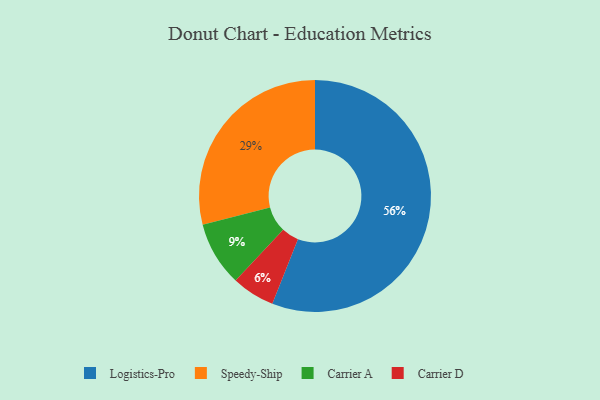
{"axis": {"x": "Category", "y": "Percentage"}, "legend": ["Carrier A", "Carrier D", "Logistics-Pro", "Speedy-Ship"], "data": [{"x": "Carrier A", "y": 9, "type": "Carrier A"}, {"x": "Logistics-Pro", "y": 56, "type": "Logistics-Pro"}, {"x": "Speedy-Ship", "y": 29, "type": "Speedy-Ship"}, {"x": "Carrier D", "y": 6, "type": "Carrier D"}]}